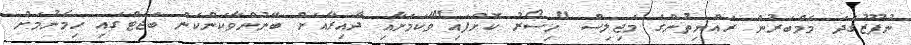
ނުފޫޒުގަދަ މެމްބަރުން ރައްޔިތުންގެ މަޖިލިސް "ހިސޯރު ކޮށްފައި"ވާކަމަށާއި ދާއިރާއަށް ބޭނުންވާކަންކަން ބަޖެޓްގައި ހިމެނުމަށް